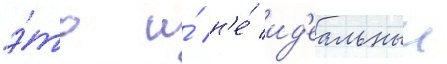
э́то и́ н'е́ ид'еальныи